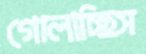
গোলাচ্ছিস